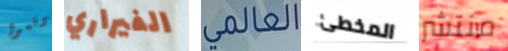
توقعوا الفيراري العالمي المخطئ منتشر